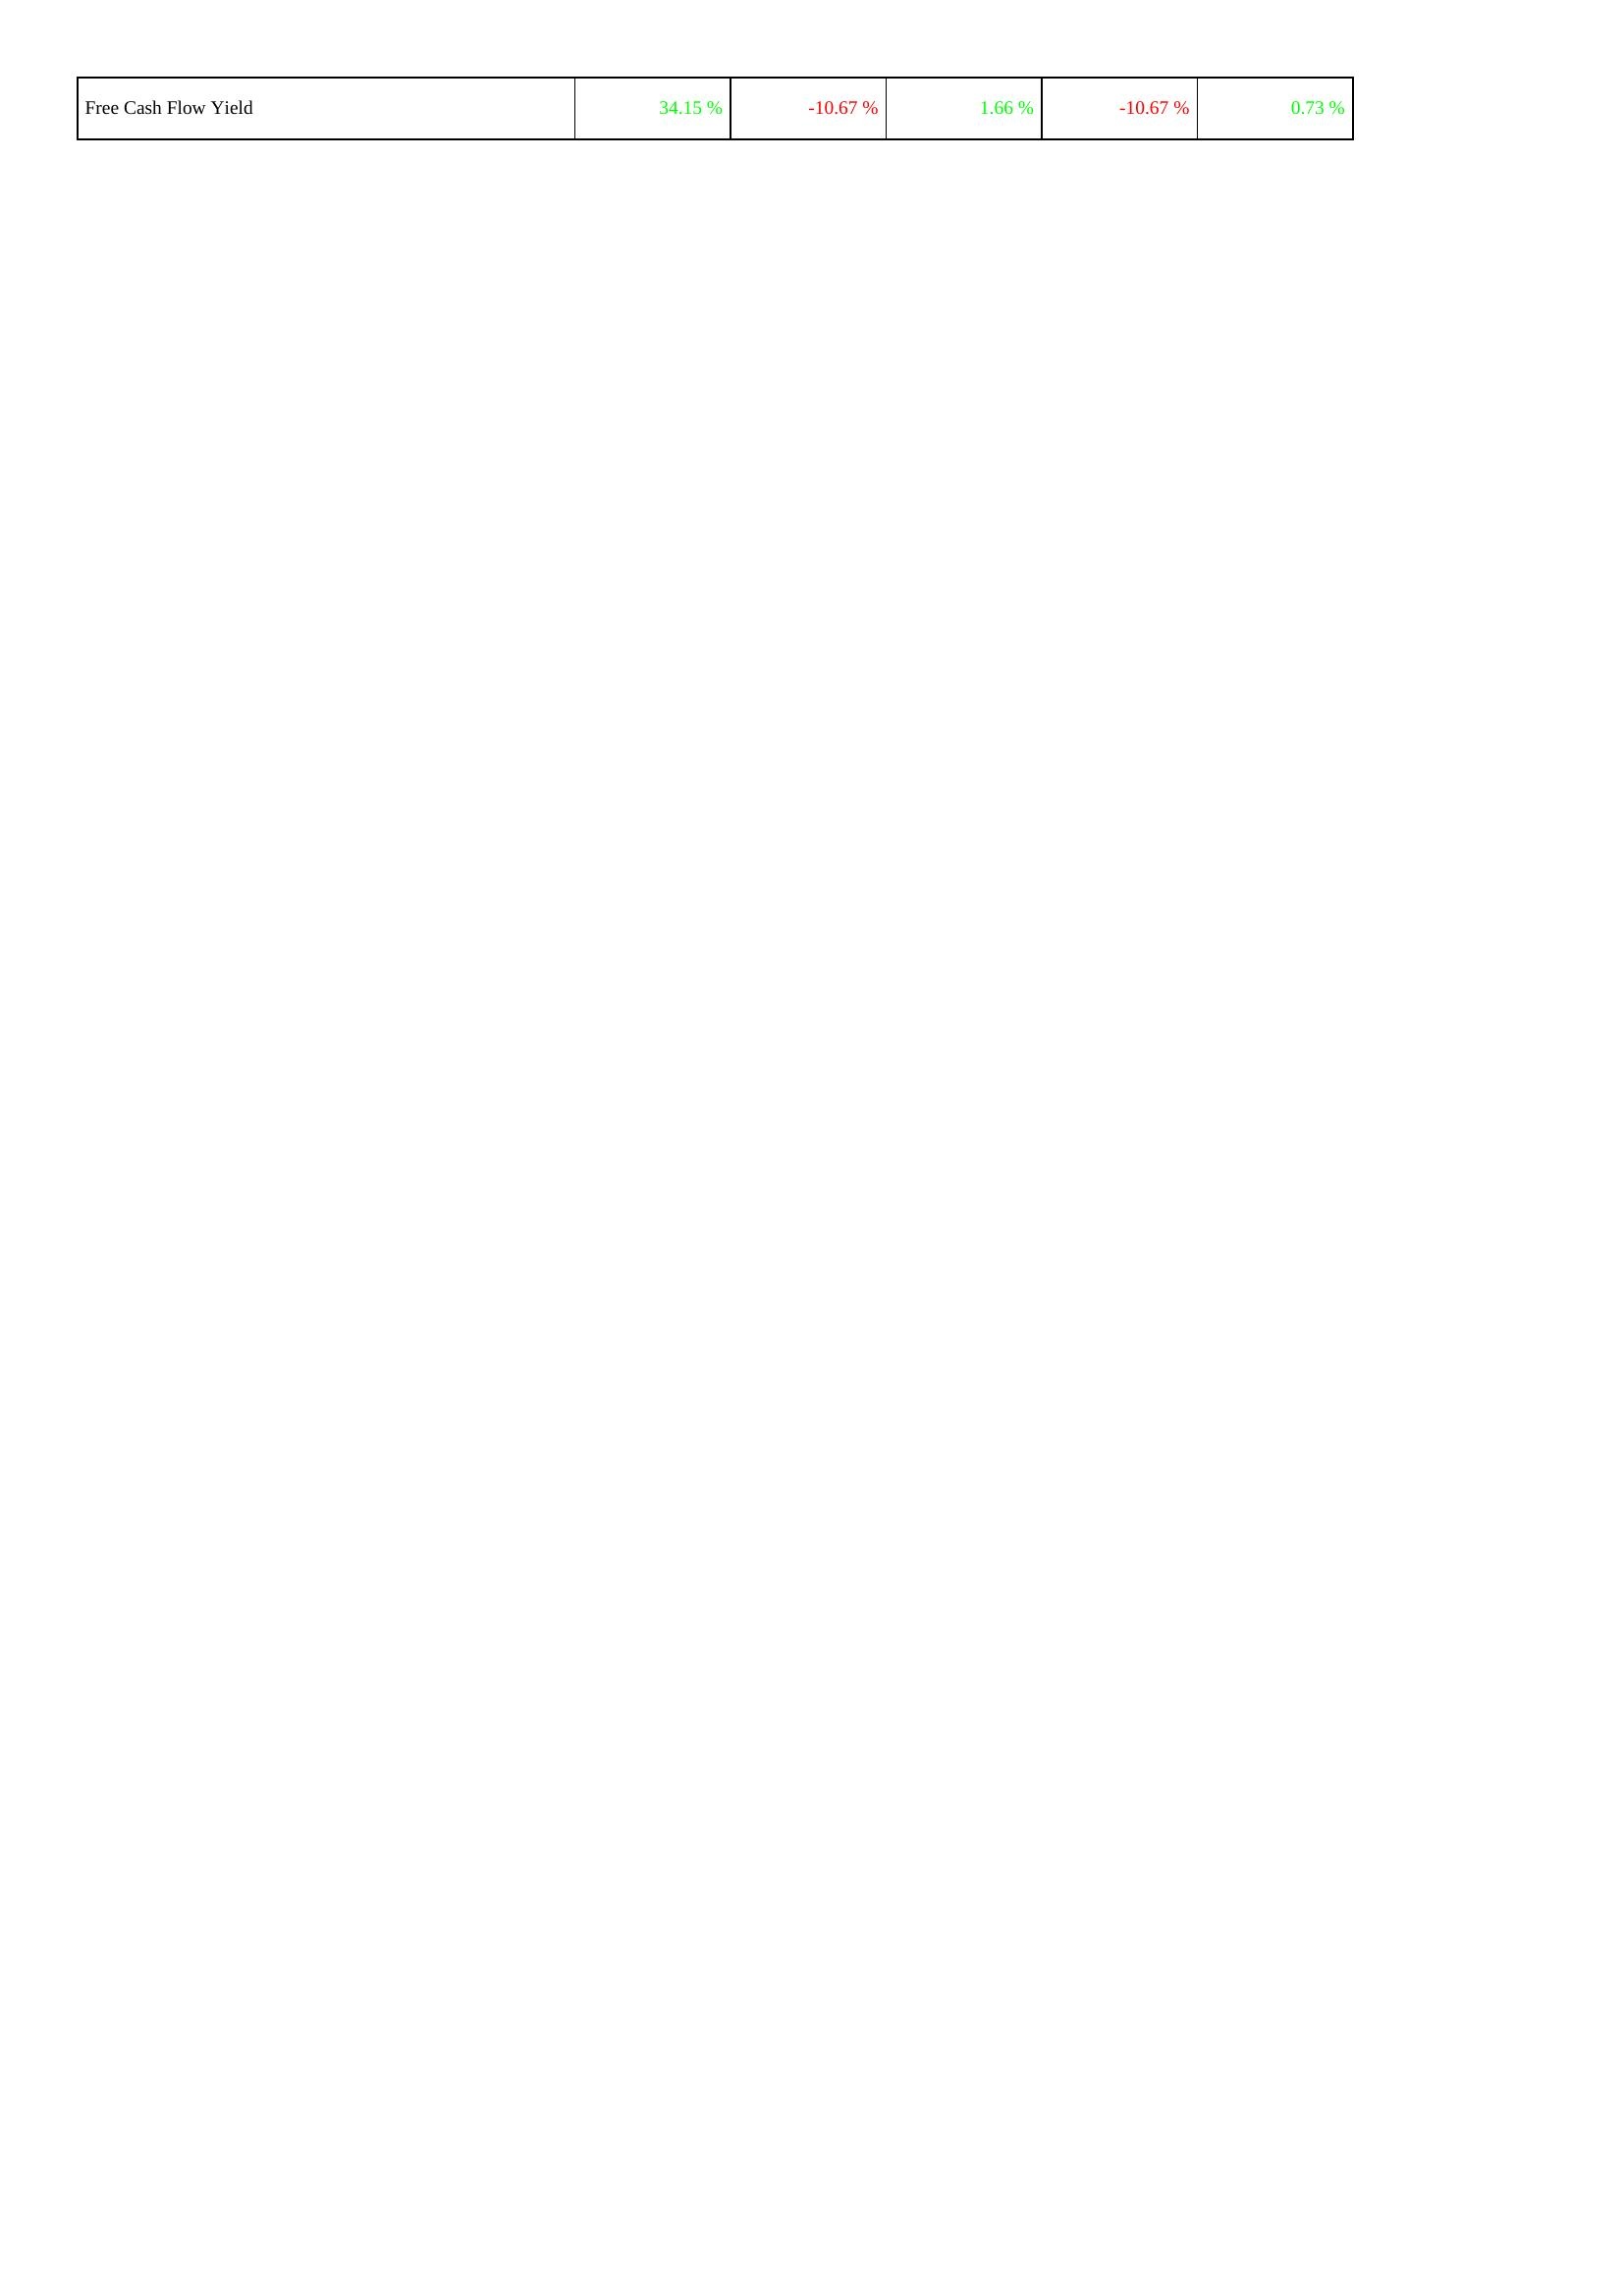
2005: Financing Activities: Free Cash Flow Yield: 34.15 %
2006: Financing Activities: Free Cash Flow Yield: -10.67 %
2007: Financing Activities: Free Cash Flow Yield: 1.66 %
2008: Financing Activities: Free Cash Flow Yield: -10.67 %
2009: Financing Activities: Free Cash Flow Yield: 0.73 %